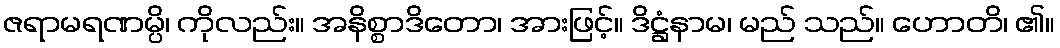
ဇရာမရဏမ္ပိ၊ ကိုလည်း။ အနိစ္စာဒိတော၊ အားဖြင့်။ ဒိဋ္ဌံနာမ၊ မည် သည်။ ဟောတိ၊ ၏။